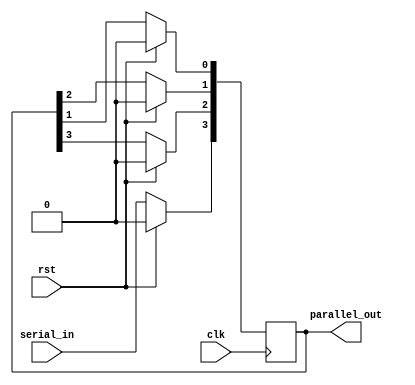
module sipo(serial_in, parallel_out, clk, rst);
  input serial_in;
  input clk;
  input rst;
  output [3:0] parallel_out;
  
  reg [3:0] parallel_out;
  
  always @ (posedge clk) begin
    if (rst)
      parallel_out = 4'b0000;
    else begin
      parallel_out[3] <= serial_in;
      parallel_out[2] <= parallel_out[3];
      parallel_out[1] <= parallel_out[2];
      parallel_out[0] <= parallel_out[1];
    end
  end
endmodule 
      
module test_sipo;
  reg serial_in;
  reg clk;
  reg rst;
  wire [3:0] parallel_out;
  
  sipo uut (serial_in, parallel_out, clk, rst);
  
  always #5 clk = ~clk;
  
  initial begin
    clk=0;rst=0;#10
    rst=1;#10
    rst=0;#10
    
    serial_in = 1;#10
    serial_in = 1;#10
    serial_in = 1;#10
    serial_in = 0;#10
    serial_in = 0;#10
    serial_in = 1;#10
    serial_in = 0;#10
    serial_in = 1;#10;
  end
endmodule